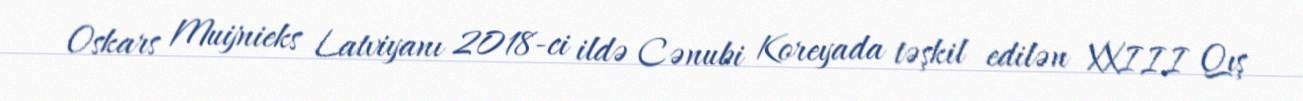
Oskars Muijnieks Latviyanı 2018-ci ildə Cənubi Koreyada təşkil edilən XXIII Qış